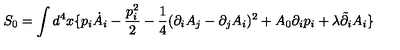
S _ { 0 } = \int d ^ { 4 } x \{ p _ { i } \dot { A } _ { i } - \frac { p _ { i } ^ { 2 } } { 2 } - \frac { 1 } { 4 } ( \partial _ { i } A _ { j } - \partial _ { j } A _ { i } ) ^ { 2 } + A _ { 0 } \partial _ { i } p _ { i } + \lambda \tilde { \partial } _ { i } A _ { i } \}